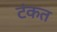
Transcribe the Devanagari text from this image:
टंकत